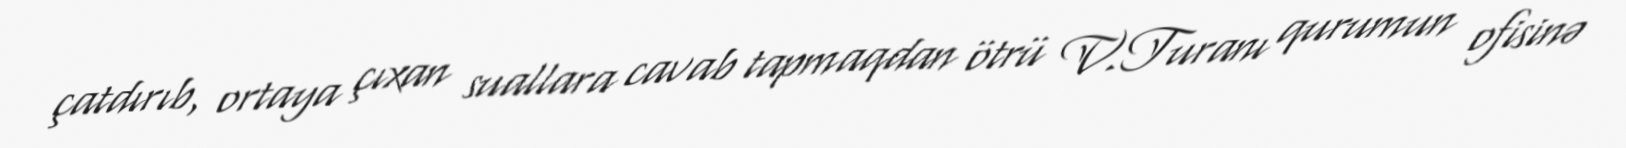
çatdırıb, ortaya çıxan suallara cavab tapmaqdan ötrü V.Turanı qurumun ofisinə